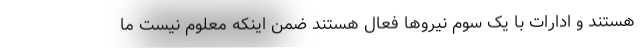
هستند و ادارات با یک سوم نیروها فعال هستند ضمن اینکه معلوم نیست ما